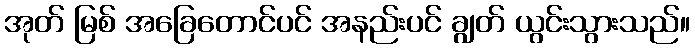
အုတ် မြစ် အခြေတောင်ပင် အနည်းပင် ချွတ် ယွင်းသွားသည်။